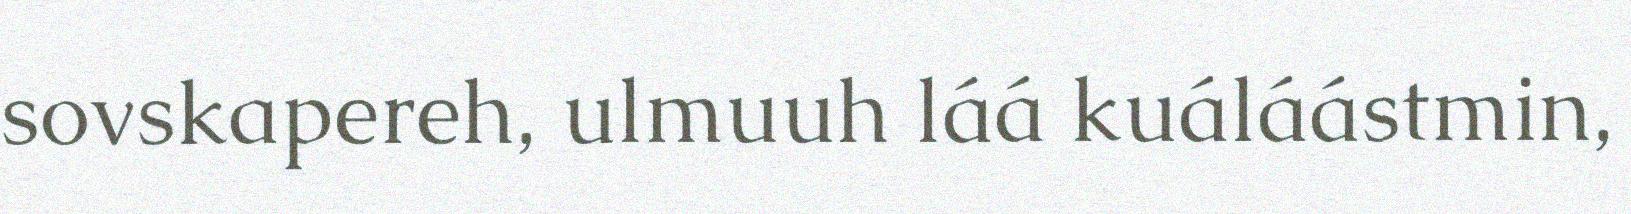
sovskapereh, ulmuuh láá kuáláástmin,